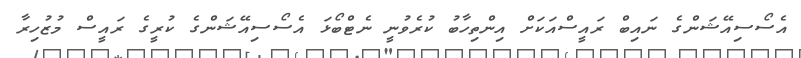
އެސޯސިއޭޝަންގެ ނައިބް ރައީސްއަކަށް އިންތިހާބު ކުރެވުނީ ނެޓްބޯޅަ އެސޯސިއޭޝަންގެ ކުރީގެ ރައީސް މުޒުހިރާ